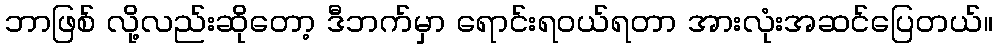
ဘာဖြစ် လို့လည်းဆိုတော့ ဒီဘက်မှာ ရောင်းရဝယ်ရတာ အားလုံးအဆင်ပြေတယ်။